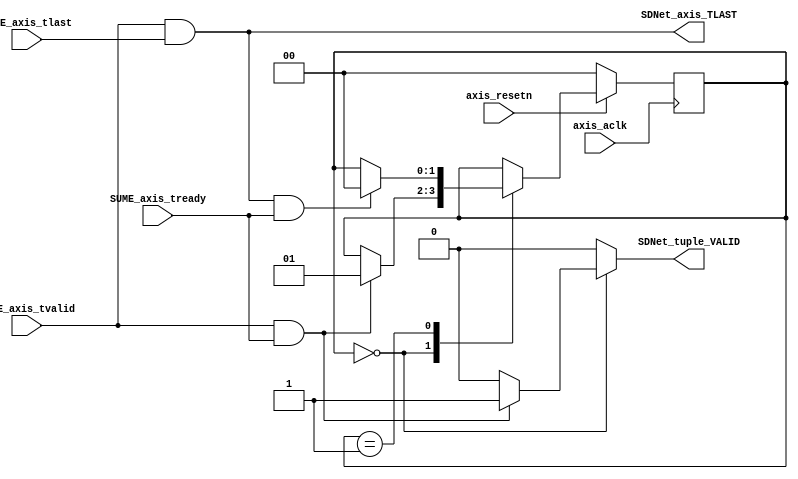
//
// Copyright (c) 2020 -
// All rights reserved.
//
// @NETFPGA_LICENSE_HEADER_START@
//
// Licensed to NetFPGA C.I.C. (NetFPGA) under one or more contributor
// license agreements.  See the NOTICE file distributed with this work for
// additional information regarding copyright ownership.  NetFPGA licenses this
// file to you under the NetFPGA Hardware-Software License, Version 1.0 (the
// "License"); you may not use this file except in compliance with the
// License.  You may obtain a copy of the License at:
//
//   http://www.netfpga-cic.org
//
// Unless required by applicable law or agreed to in writing, Work distributed
// under the License is distributed on an "AS IS" BASIS, WITHOUT WARRANTIES OR
// CONDITIONS OF ANY KIND, either express or implied.  See the License for the
// specific language governing permissions and limitations under the License.
//
// @NETFPGA_LICENSE_HEADER_END@
//

`timescale 1ns / 1ps

module sume_to_sdnet (
    // clk/rst input
    input                               axis_aclk,
    input                               axis_resetn,
    // input axis signals
    input                               SUME_axis_tvalid,
    input                               SUME_axis_tlast,
    input                               SUME_axis_tready,
    // output signals
    output reg                          SDNet_tuple_VALID,
    output                              SDNet_axis_TLAST
);

reg [1:0]   state;
reg [1:0]   state_next;

wire [1:0] state_debug = state;

localparam FIRST = 0;
localparam WAIT = 1;

always @(*) begin
    state_next = state;
    SDNet_tuple_VALID = 0;

    case(state)
        /* wait to complete first cycle of packet */
        FIRST: begin
            if (SUME_axis_tvalid & SUME_axis_tready) begin
                SDNet_tuple_VALID = 1;
                state_next = WAIT;
            end
        end

        /* wait until last cycle of packet */
        WAIT: begin
            if (SUME_axis_tvalid & SUME_axis_tlast & SUME_axis_tready) begin
                state_next = FIRST;
            end
        end
    endcase
end


always @(posedge axis_aclk) begin
    if(~axis_resetn) begin
        state <= FIRST;
    end else begin
        state <= state_next;
    end
end

// the SDNet_TLAST signal should only go high when TVALID is high
assign SDNet_axis_TLAST = SUME_axis_tvalid & SUME_axis_tlast;

endmodule